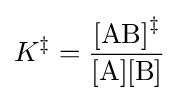
K^{\ddagger }={\frac {[\mathrm {AB} ]{\vphantom {A}}^{\ddagger }}{[\mathrm {A} ][\mathrm {B} ]}}